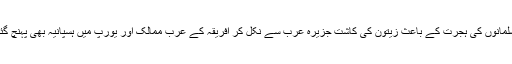
مسلمانوں کی ہجرت کے باعث زیتون کی کاشت جزیرہ عرب سے نکل کر افریقہ کے عرب ممالک اور یورپ میں ہسپانیہ بھی پہنچ گئی۔